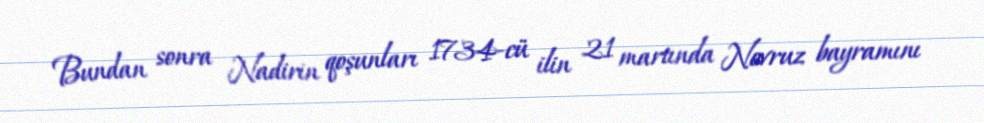
Bundan sonra Nadirin qoşunları 1734-cü ilin 21 martında Novruz bayramını